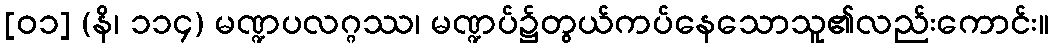
[၀၁] (နိ၊ ၁၁၄) မဏ္ဍပလဂ္ဂဿ၊ မဏ္ဍပ်၌တွယ်ကပ်နေသောသူ၏လည်းကောင်း။